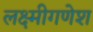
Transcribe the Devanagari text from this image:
लक्ष्मीगणेश